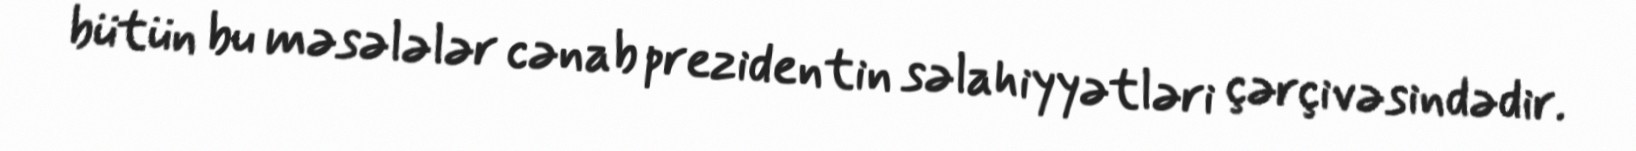
bütün bu məsələlər cənab prezidentin səlahiyyətləri çərçivəsindədir.